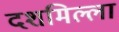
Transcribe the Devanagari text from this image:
दशमिल्ला